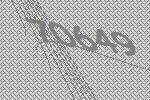
70649